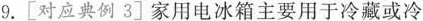
9.[对应典例3]家用电冰箱主要用于冷藏或冷